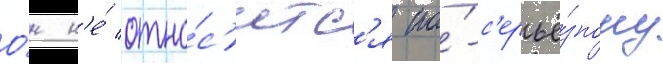
О́н н'е́ отно́с'итс'я по́-с'ерьё́зному